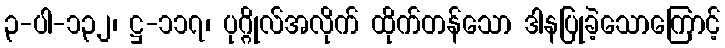
၃-ပါ-၁၃၂၊ ဋ္ဌ-၁၁၇၊ ပုဂ္ဂိုလ်အလိုက် ထိုက်တန်သော ဒါနပြုခဲ့သောကြောင့်